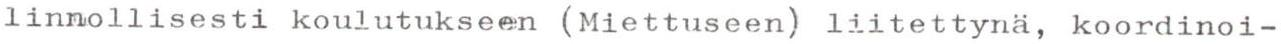
linnollisesti koulutukseen (Miettuseen) liitettynä, koordinoi-